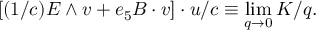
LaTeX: \left[ ( 1 / c ) E \wedge v + e _ { 5 } B \cdot v \right] \cdot u / c \equiv \operatorname * { l i m } _ { q \rightarrow 0 } K / q .